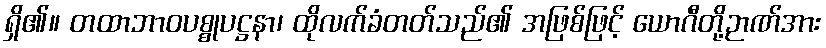
ရှိ၏။ တထာဘာဝပစ္စုပဋ္ဌနာ၊ ထိုလက်ခံတတ်သည်၏ အဖြစ်ဖြင့် ယောဂီတို့ဉာဏ်အား